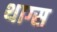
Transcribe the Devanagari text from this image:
थाग्स